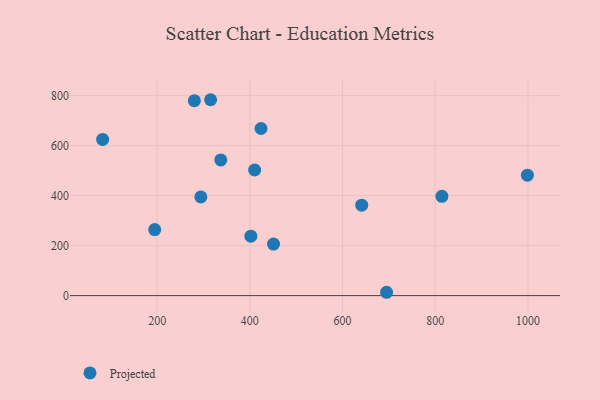
{"axis": {"x": "Ad Spend", "y": "Rating"}, "legend": ["Projected"], "data": [{"x": "194.8", "y": 264.4, "type": "Projected"}, {"x": "402.2", "y": 237.7, "type": "Projected"}, {"x": "315.4", "y": 783.7, "type": "Projected"}, {"x": "424.1", "y": 668.5, "type": "Projected"}, {"x": "814.4", "y": 397.4, "type": "Projected"}, {"x": "280.3", "y": 780.0, "type": "Projected"}, {"x": "998.8", "y": 481.9, "type": "Projected"}, {"x": "82.4", "y": 624.9, "type": "Projected"}, {"x": "695.0", "y": 13.4, "type": "Projected"}, {"x": "337.4", "y": 543.0, "type": "Projected"}, {"x": "294.3", "y": 395.0, "type": "Projected"}, {"x": "451.1", "y": 206.3, "type": "Projected"}, {"x": "410.4", "y": 502.5, "type": "Projected"}, {"x": "641.4", "y": 361.7, "type": "Projected"}]}